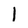
Character: 1